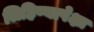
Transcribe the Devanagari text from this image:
लिहिण्यापेक्षा